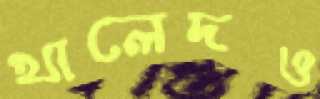
খালেদও